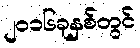
၂၀၁၆ခုနှစ်တွင်